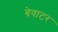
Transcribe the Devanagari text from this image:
बेवाटर